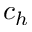
c _ { h }